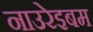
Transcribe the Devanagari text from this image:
नाउरेइबम